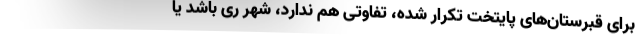
برای قبرستان‌های پایتخت تکرار شده، تفاوتی هم ندارد، شهر ری باشد یا